Report on horse surra - Volume II, Part II
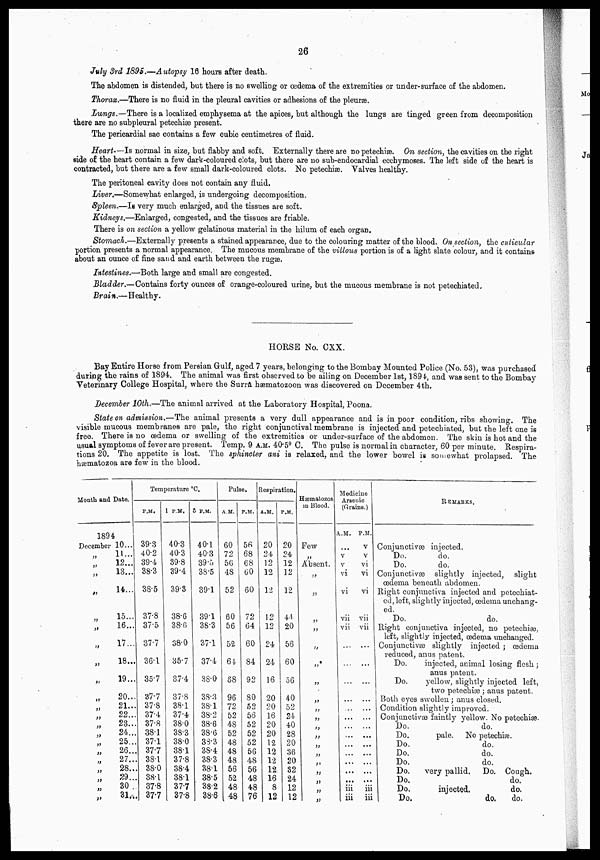
26
July 3rd 1895.—Autopsy 16 hours after death.
The abdomen is distended, but there is no swelling or oedema of the extremities or under-surface of the abdomen.
Thorax.—There is no fluid in the pleural cavities or adhesions of the pleurae.
Irwngs.—There is a localized emphysema at the apices, but although the lungs are tinged green from decomposition
there are no subpleural petechiæ present.
The pericardial sac contains a few cubic centimetres of fluid.
Heart.—Is normal in size, but flabby and soft. Externally there are no petechia. On section, the cavities on the right
side of the heart contain a few dark-coloured clots, but there are no sub-endocardial ecchymoses. The left side of the heart is
contracted, but there are a few small dark-coloured clots. No petechiæ. Valves healthy.
The peritoneal cavity does not contain any fluid.
Liver.—Somewhat enlarged, is undergoing decomposition.
Spleen.—IS very much enlarged, and the tissues are soft.
Kidneys.—Enlarged, congested, and the tissues are friable.
There is on section a yellow gelatinous material in the hilum of each organ,
Stomach.—Externally presents a stained appearance, due to the colouring matter of the blood. On section, the cuticular
portion presents a normal appearance. The mucous membrane of the villous portion is of a light slate colour, and it contains
about an ounce of fine sand and earth between the rugae.
Intestines.—Both large and small are congested.
Bladder.—Contains forty ounces of orange-coloured urine, but the mucous membrane is not petechiated.
Brain.—Healthy.
HORSE No. CXX.
Bay Entire Horse from Persian Gulf, aged 7 years, belonging to the Bombay Mounted Police (No. 53), was purchased
during the rains of 1894. The animal was first observed to be ailing on December 1st, 1894, and was sent to the Bombay
Veterinary College Hospital, where the Surra hæmatozoon was discovered on December 4th.
December 10th,—The animal arrived at the Laboratory Hospital, Poona.
State on admission.—The animal presents a very dull appearance and is in poor condition, ribs showing. The
visible mucous membranes are pale, the right conjunctival membrane is injected and petechiated, but the left one is
free. There is no oedema or swelling of the extremities or under-surface of the abdomen. The skin is hot and the
usual symptoms of fever are present. Temp. 9 A.M. 40.5° C. The pulse is normal in character, 60 per minute. Respira-
tions 20. The appetite is lost. The sphincter ani is relaxed, and the lower bowel is somewhat prolapsed. The
hæmatozoa are few in the blood.
Month and Date. -
1894
December
„
„
„
„
„
„
„
„
„
„
„
„
„
„
„
„
„
„
„
„
„
10...
11...
12...
13...
14...
15...
16...
17...
18...
19...
20..
21..
22..
23..
24..
25..
26..
27..
28..
29..
30 .
31..
Temperature °C.
P.M.
39.3
40.2
39.4
38.3
38.5
37.8
37.5
37.7
36.1
35.7
37.7
37.8
37.4
37.8
38.1
. 37.1
. 37.7
. 38.1
. 38.0
. 38.1
37.8
. 37.7
1 P.M.
40.3
40.3
39.8
39.4
39.3
38.6
38.6
38.0
35.7
S7.4
37.8
38.1
37.4
38.0
38.3
38.0
38.1
37.8
38.4
38.1
37.7
37.8
5 P.M.
40.1
40.3
39.5
38.5
39.1
39.1
38.3
37.1
37.4
38.0
38.3
38.1
38.2
38.6
38.6
38.3
38.4
38.3
38.1
38.5
38.2
38.6
Pulse.
A.M.
60
72
56
48
52
60
56
52
64
68
96
72
52
48
52
48
48
48
56
52
48
48
P.M.
56
68
68
60
60
72
64
60
84
92
80
52
56
52
52
52
56
48
56
48
48
|76
Respiration.
A.M.
20
24
12
12
12
12
12
24
24
16
20
20
16
20
20
12 12
12
12
16
8
12
P.M.
20
24
12
12
12
44
20
56
60
56
40
52
24
40
28
20
36
20
32
24
12
12
Hæmatozoa
in Blood.
„
Few
„
Absent.
„
„
„
„
„
„
„
„
„
„
„
„
„
„
„
„
„
„
„
Medicine
Arsenic
(Grains.)
A.M.
...
v
v
vi
vi
vii
vii
...
...
...
...
...
...
...
...
...
...
iii
. iii
P.M.
v
v
vi
vi
vi
vii
vii
...
...
...
...
...
...
...
...
...
...
...
iii
iii
REMARKS.
Conjunctivæ injected.
Do.
do.
Do.
do.
Conjunctivæ slightly injected, slight
œdema beneath abdomen.
Right conjunctiva injected and petechiat-
ed, left, slightly injected, œdema unchang-
ed.
Do.
do.
Right conjunctiva injected, no petechiæ,
left, slightly injected, œdema unchanged.
Conjunctivæ slightly injected; œdema
reduced, anus patent.
Do.
injected, animal losing flesh ;
anus patent.
Do.
yellow, slightly injected left,
two petechiæ ; anus patent.
Both eyes swollen; anus closed.
Condition slightly improved.
Conjunctivæ faintly yellow. No petechiæ.
Do.
do.
Do.
pale. No petechiæ.
Do.
do.
Do.
do.
Do.
do.
Do.
very pallid.
Do. Cough.
Do.
do.
Do.
injected.
do.
Do.
do. do.